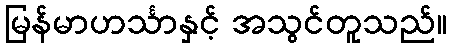
မြန်မာဟင်္သာနှင့် အသွင်တူသည်။